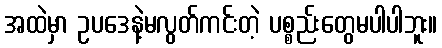
အထဲမှာ ဥပဒေနဲ့မလွတ်ကင်းတဲ့ ပစ္စည်းတွေမပါပါဘူး။